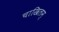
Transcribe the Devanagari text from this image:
चाखिलम्‌